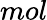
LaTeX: mol